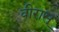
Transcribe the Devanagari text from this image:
वीरास्